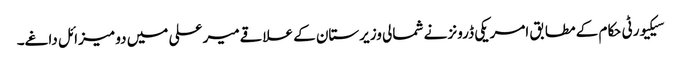
سیکیورٹی حکام کے مطابق امریکی ڈرونز نے شمالی وزیرستان کے علاقےمیر علی میں دو میزائل داغے۔